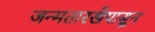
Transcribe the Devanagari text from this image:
जन्मतारखेपासून